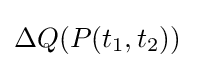
\Delta Q(P(t_{1},t_{2}))\